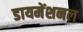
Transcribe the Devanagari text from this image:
डायमेंशनल